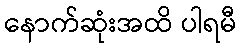
နောက်ဆုံးအထိ ပါရမီ